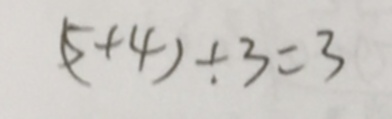
( 5 + 4 ) \div 3 = 3